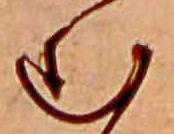
む